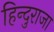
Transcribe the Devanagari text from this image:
हिन्दुराजा